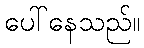
ပေါ်နေသည်။